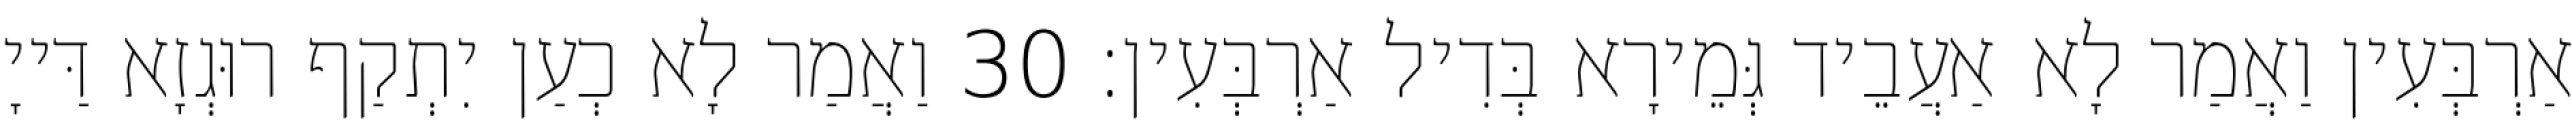
אַרְבְּעִין וַאֲמַר לָא אַעֲבֵיד גְּמֵירָא בְּדִיל אַרְבְּעִין׃ 30 וַאֲמַר לָא כְעַן יִתְקַף רוּגְזָא דַּייָ